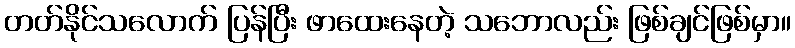
တတ်နိုင်သလောက် ပြန်ပြီး ဖာထေးနေတဲ့ သဘောလည်း ဖြစ်ချင်ဖြစ်မှာ။